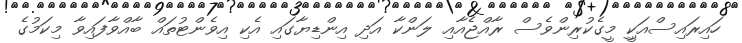
ހައިރައިސްއަކިީ މީގެކުރިންވެސް ރާއްޖެއާއި ލަންކާ އަދި އިންޑިޔާގައި އެކި އިވެންޓުތައް ބާއްވާފައިވާ މިކަމުގެ